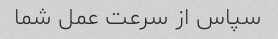
سپاس از سرعت عمل شما